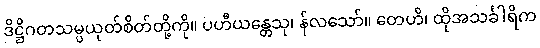
ဒိဋ္ဌိဂတသမ္ပယုတ်စိတ်တို့ကို။ ပဟီယန္တေသု၊ န်လသော်။ တေဟိ၊ ထိုအသင်္ခါရိက